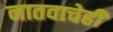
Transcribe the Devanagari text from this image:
नातवाचेही